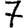
Digit: 7